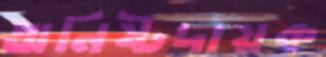
অনিষ্টদায়ক